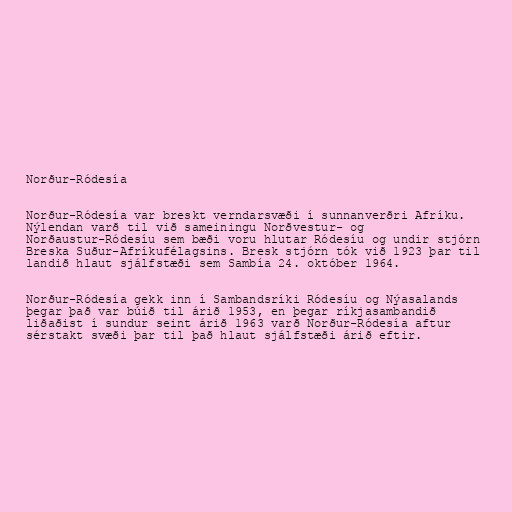
Norður-Ródesía

Norður-Ródesía var breskt verndarsvæði í sunnanverðri Afríku.
Nýlendan varð til við sameiningu Norðvestur- og
Norðaustur-Ródesíu sem bæði voru hlutar Ródesíu og undir stjórn
Breska Suður-Afríkufélagsins. Bresk stjórn tók við 1923 þar til
landið hlaut sjálfstæði sem Sambía 24. október 1964.

Norður-Ródesía gekk inn í Sambandsríki Ródesíu og Nýasalands
þegar það var búið til árið 1953, en þegar ríkjasambandið
liðaðist í sundur seint árið 1963 varð Norður-Ródesía aftur
sérstakt svæði þar til það hlaut sjálfstæði árið eftir.